Vaccine operations Central Provinces 1868-1885 - 1868-1885
Year: 1868
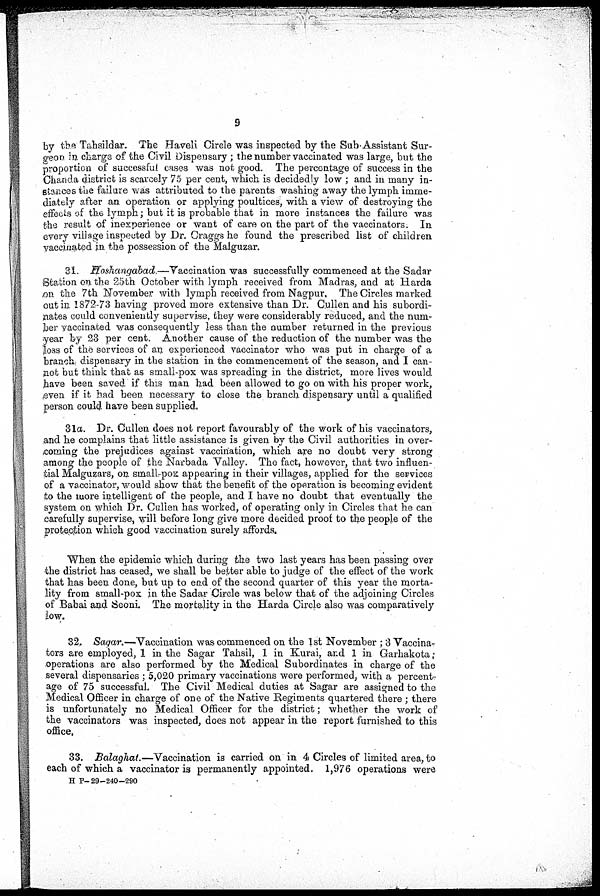
9
by the Tahsildar. The Haveli Circle was inspected by the Sub-Assistant Sur-
geon in charge of the Civil Dispensary ; the number vaccinated was large, but the
proportion of successful cases was not good. The percentage of success in the
Chanda district is scarcely 75 per cent, which is decidedly low ; and in many in-
stances the failure was attributed to the parents washing away the lymph imme-
diately after an operation or applying poultices, with a view of destroying the
effects of the lymph; but it is probable that in more instances the failure was
the result of inexperience or want of care on the part of the vaccinators. In
every village inspected by Dr. Craggs he found the prescribed list of children
vaccinated in the possession of the Malguzar.
31. Hoshangabad.—Vaccination was successfully commenced at the Sadar
Station on the 25th October with lymph received from Madras, and at Harda
on the 7th November with lymph received from Nagpur. The Circles marked
out in 1872-73 having proved more extensive than Dr. Cullen and his subordi-
nates could conveniently supervise, they were considerably reduced, and the num-
ber vaccinated was consequently less than the number returned in the previous
year by 23 per cent. Another cause of the reduction of the number was the
loss of the services of an experienced vaccinator who was put in charge of a
branch, dispensary in the station in the commencement of the season, and I can-
not but think that as small-pox was spreading in the district, more lives would
have been saved if this man had been allowed to go on with his proper work,
,even if it had been necessary to close the branch dispensary until a qualified
person could have been supplied.
31a. Dr. Cullen does not report favourably of the work of his vaccinators,
and he complains that little assistance is given by the Civil authorities in over-
coming the prejudices against vaccination, which are no doubt very strong
among the people of the Narbada Valley. The fact, however, that two influen-
tial Malguzars, on small-pox appearing in their villages, applied for the services
of a vaccinator, would show that the benefit of the operation is becoming evident
to the more intelligent of the people, and I have no doubt that eventually the
system on which Dr. Cullen has worked, of operating only in Circles that he can
carefully supervise, will before long give more decided proof to the people of the
protection which good vaccination surely affords.
When the epidemic which during the two last years has been passing over
the district has ceased, we shall be better able to judge of the effect of the work
that has been done, but up to end of the second quarter of this year the morta-
lity from small-pox in the Sadar Circle was below that of the adjoining Circles
of Babai and Seoni. The mortality in the Harda Circle also was comparatively
low.
32. Sagar.—Vaccination was commenced on the 1st November ; 3 Vaccina-
tors are employed, 1 in the Sagar Tahsil, 1 in Kurai, and 1 in Garhakota ;
operations are also performed by the Medical Subordinates in charge of the
several dispensaries ; 5,020 primary vaccinations were performed, with a percent-
age of 75 successful. The Civil Medical duties at Sagar are assigned to the
Medical Officer in charge of one of the Native Regiments quartered there ; there
is unfortunately no Medical Officer for the district; whether the work of
the vaccinators was inspected, does not appear in the report furnished to this
office.
33. Balaghat.—Vaccination is carried on in 4 Circles of limited area, to
each of which a vaccinator is permanently appointed. 1,976 operations were
H P- 29-240-290